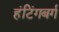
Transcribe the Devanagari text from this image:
हंटिंगबर्ग